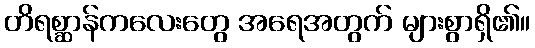
တိရစ္ဆာန်ကလေးတွေ အရေအတွက် များစွာရှိ၏။